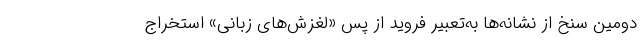
دومین سنخ از نشانه‌ها به‌تعبیر فروید از پس «لغزش‌های زبانی» استخراج